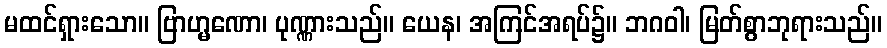
မထင်ရှားသော။ ဗြာဟ္မဏော၊ ပုဏ္ဏားသည်။ ယေန၊ အကြင်အရပ်၌။ ဘဂဝါ၊ မြတ်စွာဘုရားသည်။